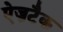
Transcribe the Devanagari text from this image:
ऐज़टैक